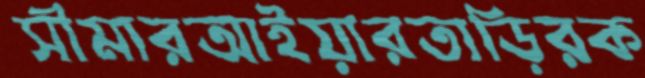
সীমারআইয়ারতাড়িরক